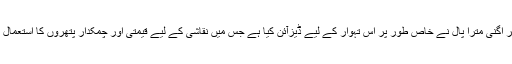
اسے ڈیزائنر اگنی مترا پال نے خاص طور پر اس تہوار کے لیے ڈیزآئن کیا ہے جس میں نقاشی کے لیے قیمتی اور چمکدار پتھروں کا استعمال کیا گيا ہے۔